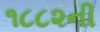
૧૮૮૨ની